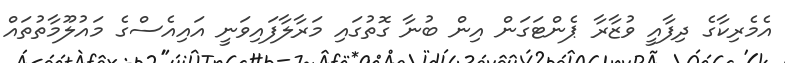
އެމެރިކާގެ ދިފާއީ ވުޒާރާ ޕެންޓަގަން އިން ބުނާ ގޮތުގައި މަރާލާފައިވަނީ އައިއެސްގެ މައުލޫމާތުތައް